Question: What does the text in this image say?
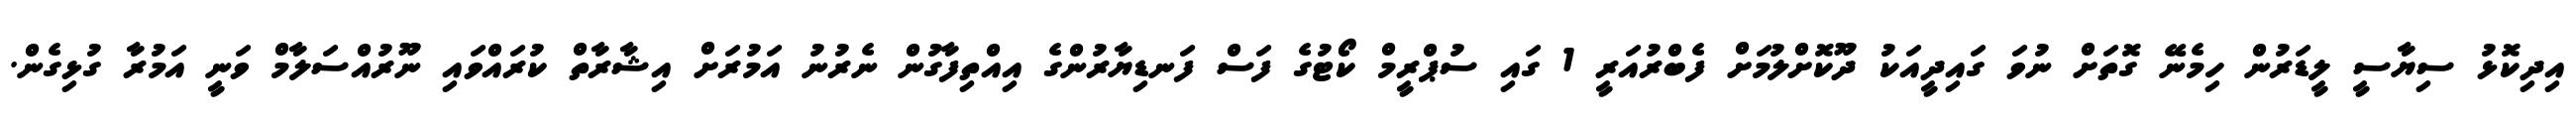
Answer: އިދިކޮޅު ސިޔާސީ ލީޑަރުން ހިމެނޭ ގޮތަށް ނުވަ ގައިދީއަކު ދޫކޮށްލުމަށް ފެބްރުއަރީ 1 ގައި ސުޕްރީމް ކޯޓުގެ ފަސް ފަނޑިޔާރުންގެ އިއްތިފާގުން ނެރުނު އަމުރަށް އިޝާރާތް ކުރައްވައި ނޫރުއްސަލާމް ވަނީ އަމުރާ ގުޅިގެން.